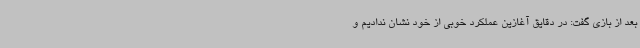
بعد از بازی گفت: در دقایق آغازین عملکرد خوبی از خود نشان ندادیم و